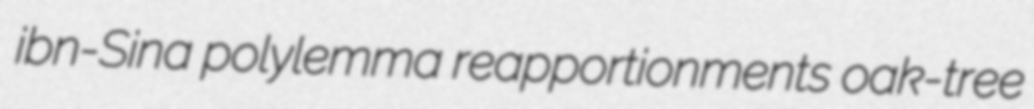
ibn-Sina polylemma reapportionments oak-tree